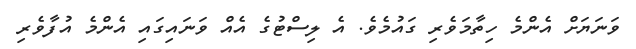
ވަނަޔަށް އެންމެ ހިތާމަވެރި ގައުމެވެ. އެ ލިސްޓުގެ އެއް ވަނައިގައި އެންމެ އުފާވެރި